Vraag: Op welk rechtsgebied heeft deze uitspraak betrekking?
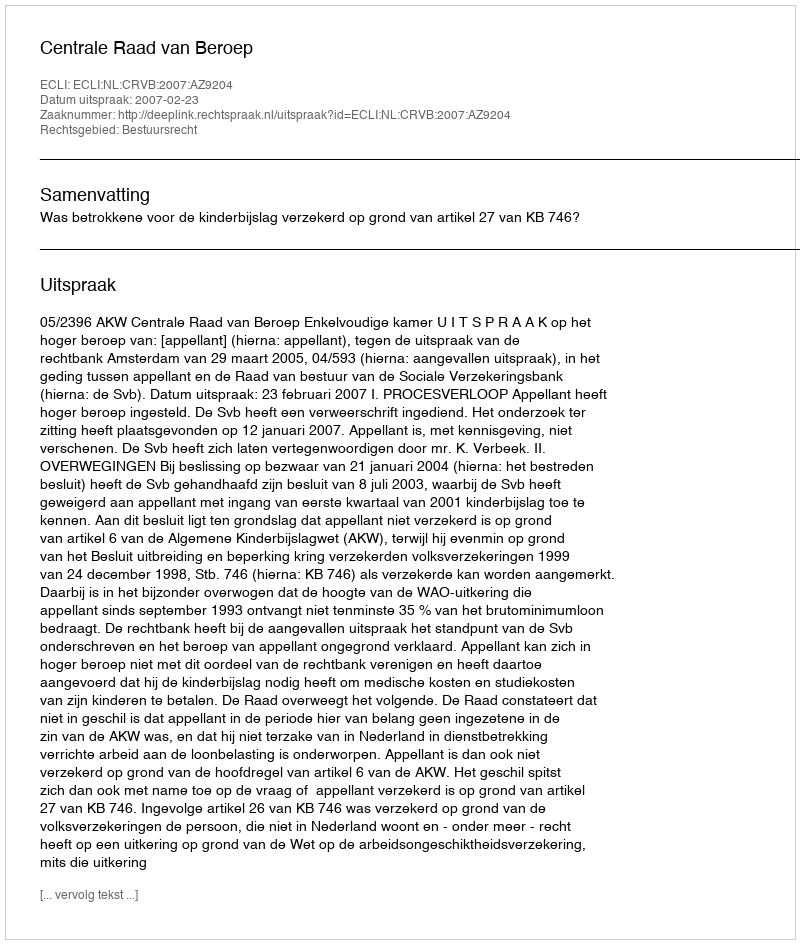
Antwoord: Bestuursrecht